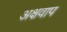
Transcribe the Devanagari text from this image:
अक्षवाप